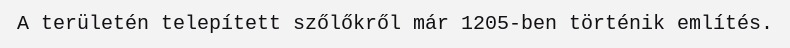
A területén telepített szőlőkről már 1205-ben történik említés.